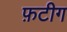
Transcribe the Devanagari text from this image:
फ़टीग